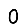
Digit: 0